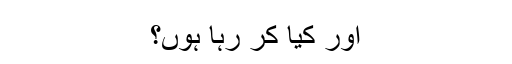
اور کیا کر رہا ہُوں؟